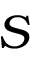
S